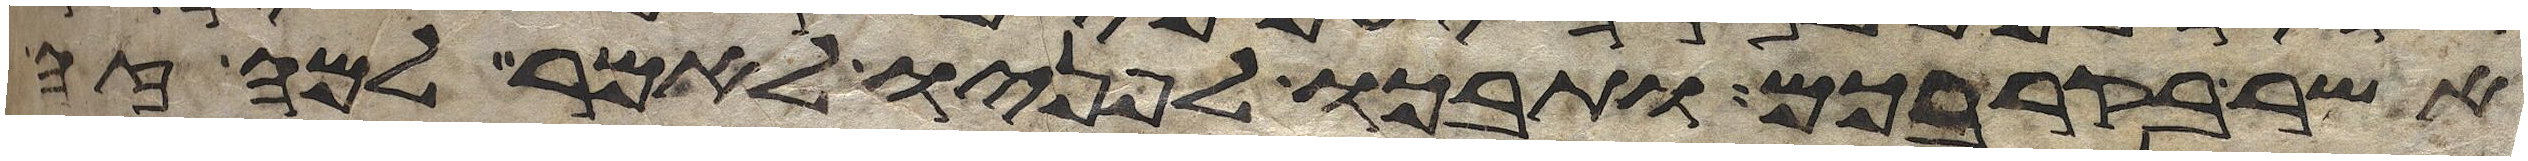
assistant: אשר בקרבכם ותבכו לפניו לאמר למה זה